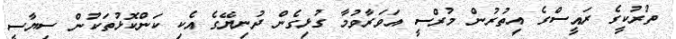
ތުރުކީގެ ރައީސްގެ އިތުރުން މުރްސީ އަވަރާވުމާ ގުޅިގެން ދުނިޔޭގެ އެކި ކަންކޮޅުތަކުން ސިޔާސީ